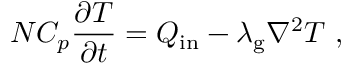
N C _ { p } \frac { \partial T } { \partial t } = Q _ { \mathrm { i n } } - \lambda _ { \mathrm { g } } \nabla ^ { 2 } T \ ,